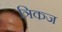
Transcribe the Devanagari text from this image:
त्रिकज